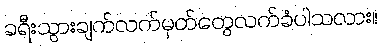
ခရီးသွားချက်လက်မှတ်တွေလက်ခံပါသလား။